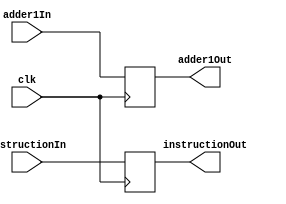
`timescale 1ns / 1ps
//////////////////////////////////////////////////////////////////////////////////
// Company: 
// Engineer: 
// 
// Design Name: 
// Module Name:    register 
// Project Name: 
// Target Devices: 
// Tool versions: 
// Description: 
//
// Dependencies: 
//
// Revision: 
// Revision 0.01 - File Created
// Additional Comments: 
//
//////////////////////////////////////////////////////////////////////////////////
module register1(
	input clk, 
	input adder1In, 
	input instructionIn, 
	output reg adder1Out, 
	output reg instructionOut
    );
	 
	 always@(posedge clk)
		begin
			adder1Out <= adder1In;
			instructionOut <= instructionIn;
		end

endmodule